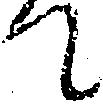
て